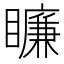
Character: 𥋲